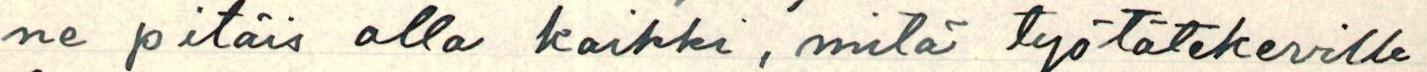
ne pitäis olla kaikki, mitä työtätekeville